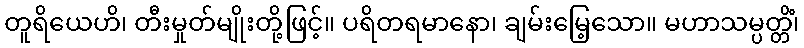
တူရိယေဟိ၊ တီးမှုတ်မျိုးတို့ဖြင့်။ ပရိတရမာနော၊ ချမ်းမြေ့သော။ မဟာသမ္ပတ္တိံ၊